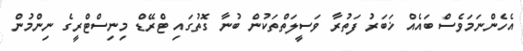
އެހެންނަމަވެސް ބައެއް ޚަބަރު ފަތުރާ ވަސީލަތްތަކުން ބުނާ ގޮތުގައި ޓްރޭޑް މިނިސްޓްރީގެ ނިންމުން